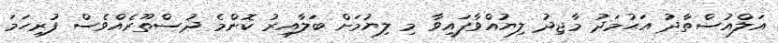
އަލްއުސްތާޛު އަޙުމަދު މާޖިދު ލިޔުއްވާފައިވާ މި ލިޔުމަށް ބަލާއިރު ކޮންމެ ދުސްތޫރެއްވެސް ފުރިހަމަ